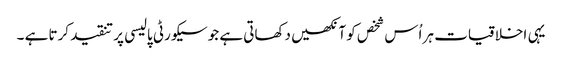
یہی اخلاقیات ہر اُس شخص کو آنکھیں دکھاتی ہے جو سیکورٹی پالیسی پر تنقید کرتا ہے ۔